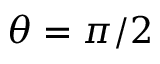
\theta = \pi / 2